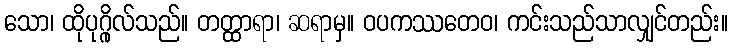
သော၊ ထိုပုဂ္ဂိုလ်သည်။ တတ္ထာရာ၊ ဆရာမှ။ ဝပကဿတေဝ၊ ကင်းသည်သာလျှင်တည်း။